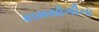
કામયોગીના